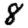
Digit: 8